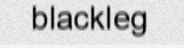
blackleg